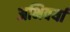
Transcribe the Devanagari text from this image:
अभिवर्या